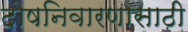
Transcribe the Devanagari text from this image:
दोषनिवारणासाठी